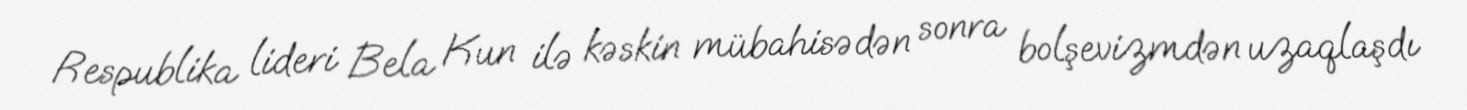
Respublika lideri Bela Kun ilə kəskin mübahisədən sonra bolşevizmdən uzaqlaşdı